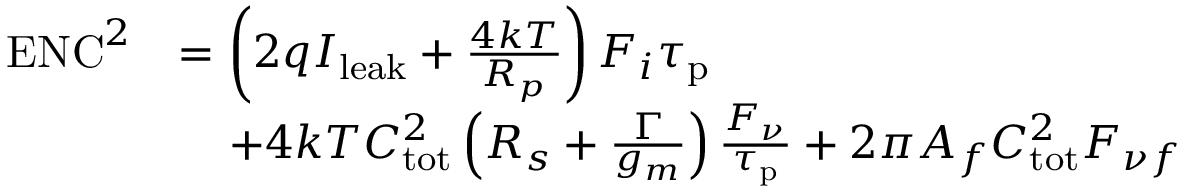
\begin{array} { r l } { \mathrm { E N C } ^ { 2 } } & { = \left( 2 q I _ { \mathrm { l e a k } } + \frac { 4 k T } { R _ { p } } \right) F _ { i } \tau _ { \mathrm { p } } } \\ & { \; \; \; \; + 4 k T C _ { \mathrm { t o t } } ^ { 2 } \left( R _ { s } + \frac { \Gamma } { g _ { m } } \right) \frac { F _ { \nu } } { \tau _ { \mathrm { p } } } + 2 \pi A _ { f } C _ { \mathrm { t o t } } ^ { 2 } F _ { \nu f } } \end{array}